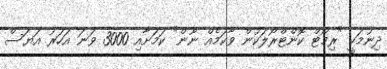
ދިނުމަކީ "ރިމޯޓް ކޮންޓްރޯލަކުން ވާކަމެއް ނޫން" ކަމަށާއި 3000 ވަނަ އަހަރު އަޔަސް